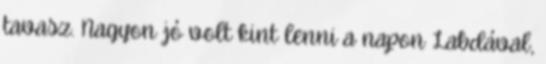
tavasz. Nagyon jó volt kint lenni a napon Labdával,